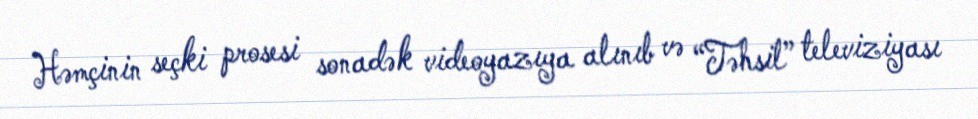
Həmçinin seçki prosesi sonadək videoyazıya alınıb və “Təhsil” televiziyası